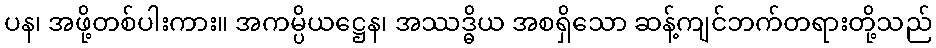
ပန၊ အဖို့တစ်ပါးကား။ အကမ္ပိယဋ္ဌေန၊ အဿဒ္ဓိယ အစရှိသော ဆန့်ကျင်ဘက်တရားတို့သည်